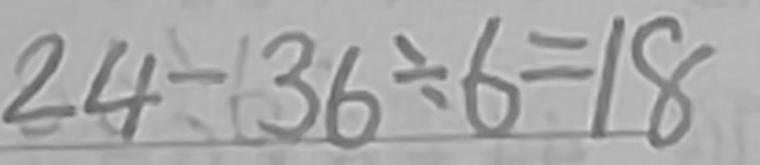
2 4 - 3 6 \div 6 = 1 8